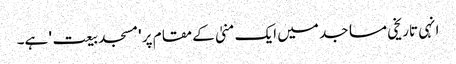
انہی تاریخی مساجد میں ایک منیٰ کے مقام پر 'مسجد بیعت' ہے۔